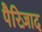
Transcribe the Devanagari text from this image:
पैरिज़ाद